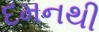
દમનથી